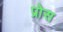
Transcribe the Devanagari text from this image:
प्रोस